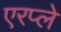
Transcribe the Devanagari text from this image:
एरप्ले